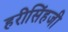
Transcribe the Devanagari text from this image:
हरीसिंहजी